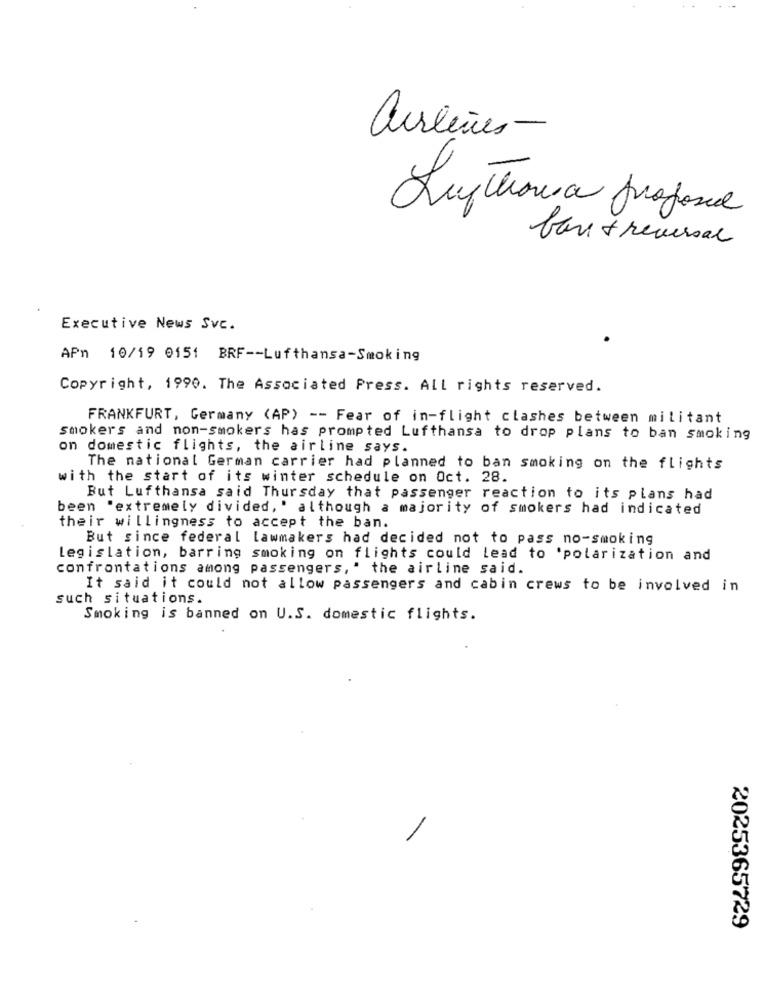
airlines-
Lufthansa proposed
baret reversal
Executive News Svc.
APn 10/19 0151 BRF -- Lufthansa-Smoking
Copyright, 1990. The Associated Press. All rights reserved.
FRANKFURT, Germany (AP) -- Fear of in-flight clashes between militant
smokers and non-smokers has prompted Lufthansa to drop plans to ban smoking
on domestic flights, the airline says.
The national German carrier had planned to ban smoking on the flights
with the start of its winter schedule on Oct. 28.
But Lufthansa said Thursday that passenger reaction to its plans had
been "extremely divided, ' although a majority of smokers had indicated
their willingness to accept the ban.
But since federal lawmakers had decided not to pass no-smoking
Legislation, barring smoking on flights could lead to 'polarization and
confrontations among passengers," the airline said.
It said it could not allow passengers and cabin crews to be involved in
such situations.
Smoking is banned on U.S. domestic flights.
2025365729